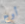
أوج